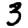
Digit: 3